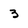
Character: 3